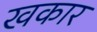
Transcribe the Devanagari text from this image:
खकार